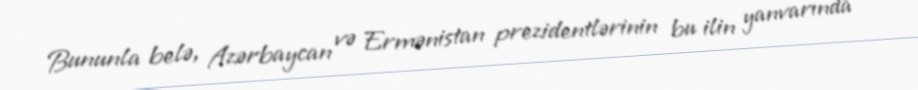
Bununla belə, Azərbaycan və Ermənistan prezidentlərinin bu ilin yanvarında